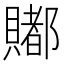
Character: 𧷿